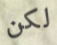
لكن